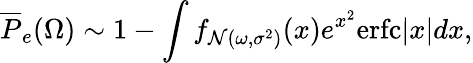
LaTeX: \overline{{P}}_{e}(\Omega)\sim 1-\int f_{\mathcal{N}(\omega,\sigma^{2})}(x)e^{x^{2}}\mathrm{erfc}|x|dx,